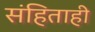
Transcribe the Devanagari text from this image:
संहिताही